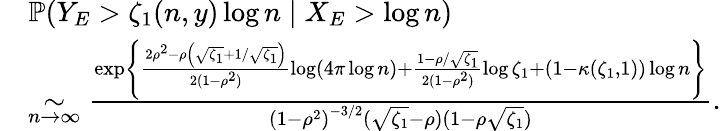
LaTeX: \begin{array}{rl}&{\mathbb{P}\! \left(Y_{E}>\zeta_{1}(n,y)\log n\mid X_{E}>\log n\right)}\\ &{\underset{n\to\infty}{\sim}\frac{\exp\left\lbrace\frac{2\rho^{2}-\rho\left(\sqrt{\zeta_{1}}+1/\sqrt{\zeta_{1}}\right)}{2(1-\rho^{2})}\log\left(4\pi\log n\right)+\frac{1-\rho/\sqrt{\zeta_{1}}}{2(1-\rho^{2})}\log\zeta_{1}+(1-\kappa(\zeta_{1},1))\log n\right\rbrace}{{(1-\rho^{2})}^{-3/2}(\sqrt{\zeta_{1}}-\rho)(1-\rho\sqrt{\zeta_{1}})}.}\end{array}